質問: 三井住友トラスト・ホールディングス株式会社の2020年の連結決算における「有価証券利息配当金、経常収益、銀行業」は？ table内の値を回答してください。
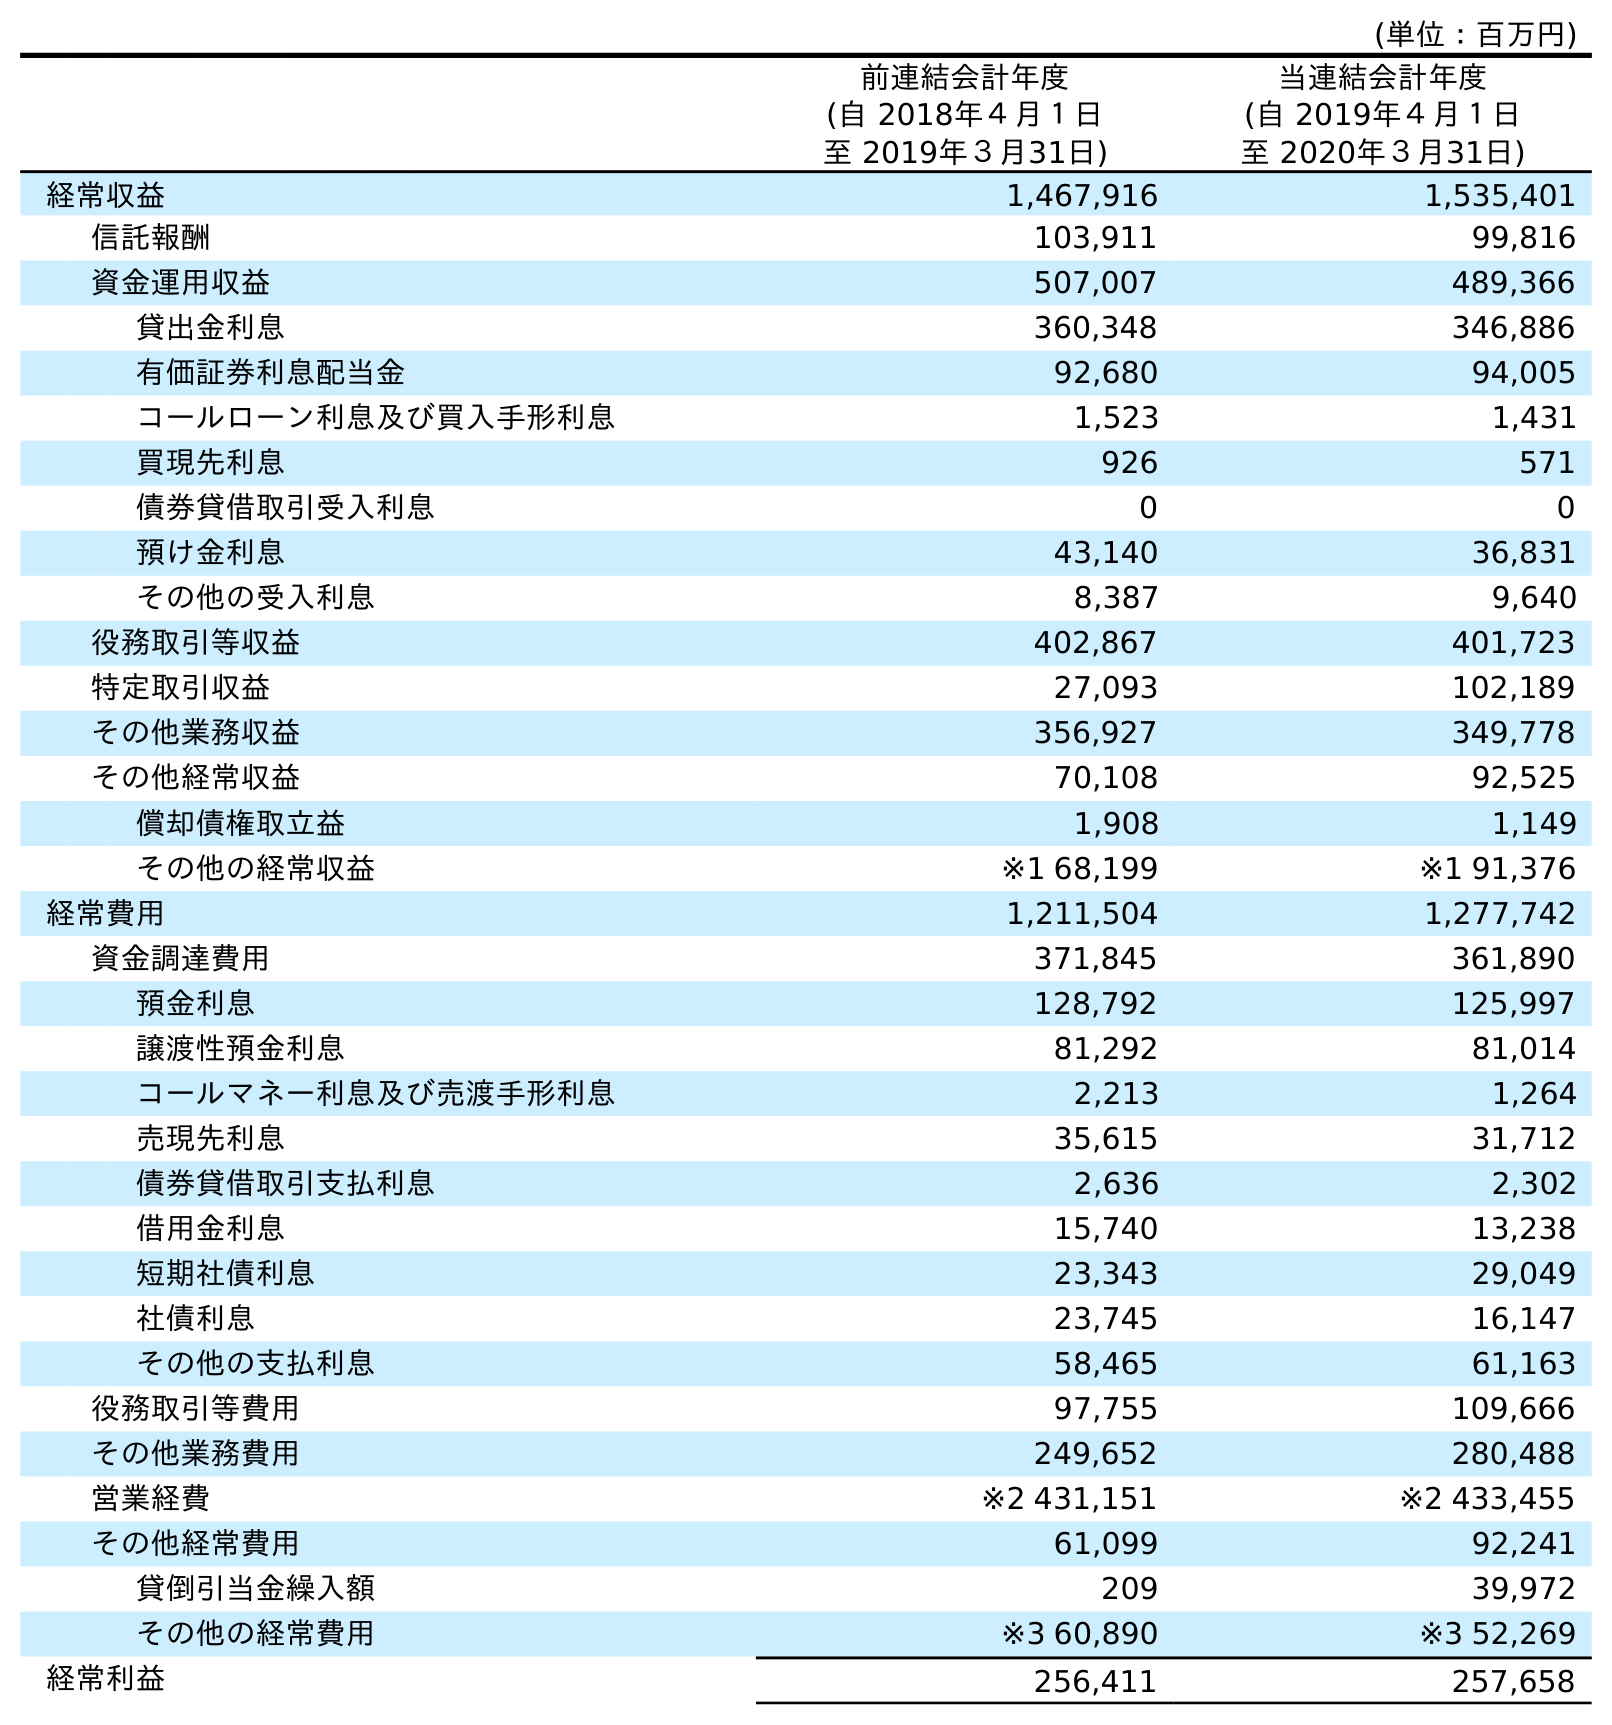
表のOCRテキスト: (単位：百万円) 前連結会計年度 (自 2018年４月１日 至 2019年３月31日) 当連結会計年度 (自 2019年４月１日 至 2020年３月31日) 経常収益 1,467,916 1,535,401 信託報酬 103,911 99,816 資金運用収益 507,007 489,366 貸出金利息 360,348 346,886 有価証券利息配当金 92,680 94,005 コールローン利息及び買入手形利息 1,523 1,431 買現先利息 926 571 債券貸借取引受入利息 0 0 預け金利息 43,140 36,831 その他の受入利息 8,387 9,640 役務取引等収益 402,867 401,723 特定取引収益 27,093 102,189 その他業務収益 356,927 349,778 その他経常収益 70,108 92,525 償却債権取立益 1,908 1,149 その他の経常収益 ※1 68,199 ※1 91,376 経常費用 1,211,504 1,277,742 資金調達費用 371,845 361,890 預金利息 128,792 125,997 譲渡性預金利息 81,292 81,014 コールマネー利息及び売渡手形利息 2,213 1,264 売現先利息 35,615 31,712 債券貸借取引支払利息 2,636 2,302 借用金利息 15,740 13,238 短期社債利息 23,343 29,049 社債利息 23,745 16,147 その他の支払利息 58,465 61,163 役務取引等費用 97,755 109,666 その他業務費用 249,652 280,488 営業経費 ※2 431,151 ※2 433,455 その他経常費用 61,099 92,241 貸倒引当金繰入額 209 39,972 その他の経常費用 ※3 60,890 ※3 52,269 経常利益 256,411 257,658
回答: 94,005